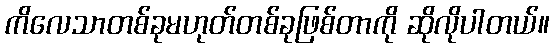
ကိလေသာတစ်ခုမဟုတ်တစ်ခုဖြစ်တာကို ဆိုလိုပါတယ်။